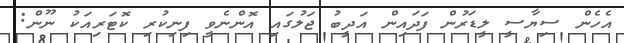
އެހެން ސިޔާސީ ލީޑަރުން ފަދައިން އަދީބު ޖަލުގައި އޮންނެވީ ފިނިކުރި ކޮޓަރިއަކު ނޫން: